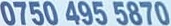
0750 495 5870